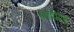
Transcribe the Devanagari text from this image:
एनपीएच